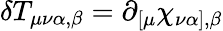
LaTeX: \delta T_{\mu\nu\alpha,\beta}=\partial_{[\mu}\chi_{\nu\alpha],\beta}